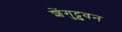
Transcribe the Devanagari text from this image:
शेंगुट्टुवन